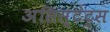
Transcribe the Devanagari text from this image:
असिस्टंट्स